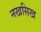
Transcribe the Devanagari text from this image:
नखसिख